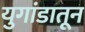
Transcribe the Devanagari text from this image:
युगांडातून